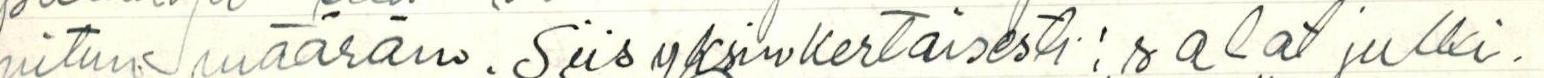
nitun määrän. Siis yksinkertaisesti: salat julki.